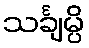
သင်္ချမ္ပိ